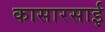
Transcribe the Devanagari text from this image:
कासारसाई